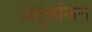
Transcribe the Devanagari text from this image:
अमृतांजन